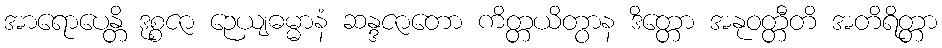
အာရောပေန္တိ ဒုစ္စဇာ ဉေယျဓမ္မာနံ ဆန္ဒဇာတော ကိတ္တယိတွာန ဒိတ္တော အနုဝတ္တီတိ အတိရိတ္တာ